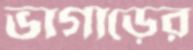
ভাগাড়ের